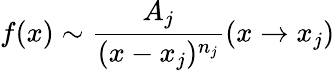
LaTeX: f(x)\sim{\frac{A_{j}}{(x-x_{j})^{n_{j}}}}(x\rightarrow x_{j})